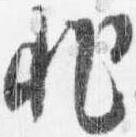
非